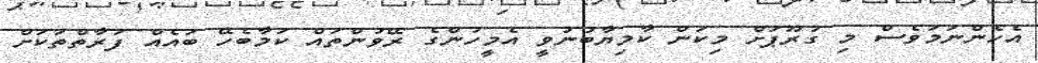
އެހެންނަމަވެސް މި ގުރޫޕަށް މިކަން ކާމިޔާބުނުވީ އެމީހުންގެ ރޭވުންތައް ކަމާބެހޭ ބައެއް ފަރާތްތަކަށް